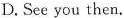
D. See you then.